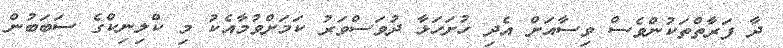
ދާ ފަރާތްތަކުންވެސް ވިސާއަށް އެދި ހުށަހަޅާ ދުވަސްވަރު ކަމަށްވުމާއެކު މި ކްލިނިކްގެ ސަބަބުން